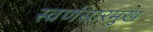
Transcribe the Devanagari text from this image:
स्वर्णसारमुख